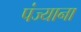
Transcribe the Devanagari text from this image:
पंज्याना